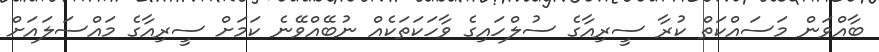
ބާއްވަން މަސައްކަތް ކުރާ ސީރިއާގެ ސުލްހައިގެ ވާހަކަތަކެއް ނުބޭއްވޭނެ ކަމަށް ސީރިއާގެ މައްސަލައަށް